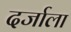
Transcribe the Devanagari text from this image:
दर्जाला